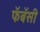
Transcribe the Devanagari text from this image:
फॅबॅसी